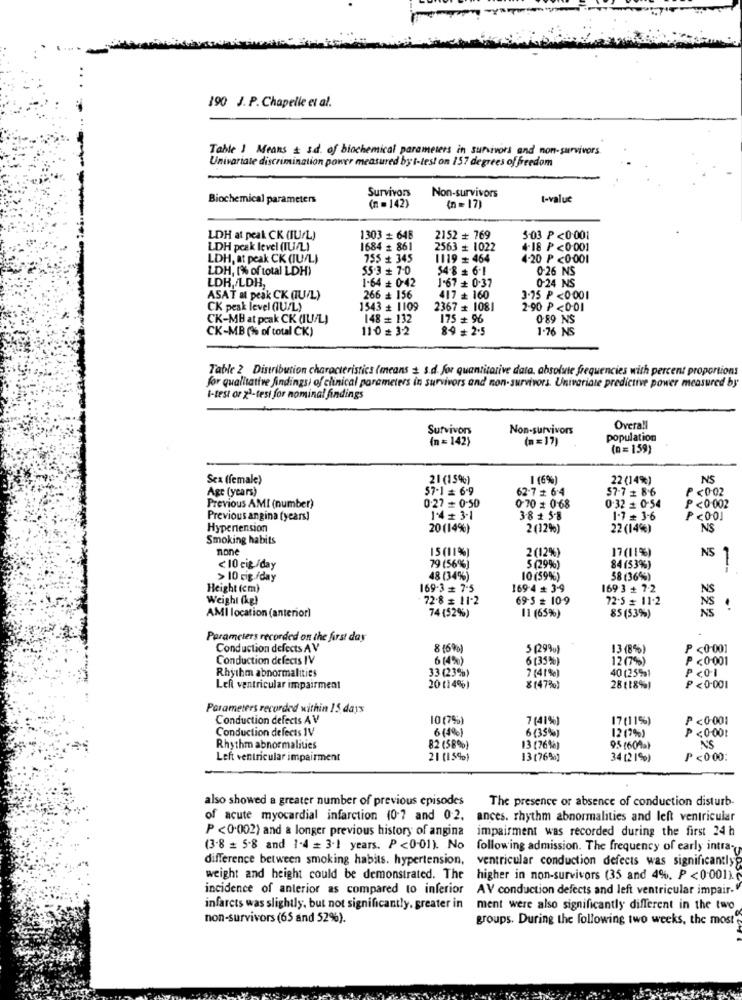
190 J. P. Chapelle et al.
Table ] Means + sd. of biochemical parameters in survivors and non-survivors
Univariate discrimination power measured byt-test on 157 degrees of freedom
Survivors
Non-survivors
Biochemical parameters
t-value
(n = 142)
(n = 17)
LDH at peak CK (IUrL)
1303 + 648
2152 + 769
5-03 P<0.001
LDH peak level (IU/L)
1684 # 861
2563 + 1022
4-18 P <0.001
LDH, at peak CK (IU/L)
755 + 345
1119 + 464
4-20 P<0.001
LDH, [% of total LDH)
55 3 + 7-0
54-8 # 6-1
0.26 NS
LDH,/LDH,
1-64 + 0-42
J'67 + 0.37
0-24 NS
ASAT at peak CK (IU/L)
266 + 156
417 # 160
3.75 P<0.001
CK pesk level (1U/L)
1543 + 1109
2367 + 1081
2-90 P<0-01
CK-MB at peak CK (IU/L)
148 = 132
175 + 96
0.89 NS
CK-MB (3% of toul CK)
110 = 3-2
8-9 # 2.5
1.76 NS
Table 2 Distribution characteristics (means + s.d. for quantitative data, absolute frequencies with percent proportions
for qualitative Andings/ of clinical parameters in survivors and non-survivors. Univariate predictive power measured by
I-test or x1-tesi for nominal findings
Survivors
Non-survivors
Overall
(n = 142)
(n = 17)
population
(n = 159)
Sex (female)
21(15%)
I (6%)
22 (14%)
NS
Age (years)
57-1 = 6-9
62-7 # 6:4
57-7 # 8.6
><0-02
Previous AMI (number)
0.27 = 0-50
0 70 = 0.68
0.32 = 0-54
P <0.002
Previous angina (years)
1.4 + 3.1
3-8 1 5-8
1.7 = 3-6
Hypertension
20(14%)
2 (32%)
22 (14%)
NS
Smoking habits
none
15(11%)
17 (11%)
NS 1
2 (12%)
<10 cig /day
79 (56%)
5 (29%)
84(53%)
> 10 cig./day
48 (34%)
10 (59%)
58 (36%)
Height (cm)
169-3 # 7-5
169-4 + 3-9
169 3 + 7.2
NS
Weight (kg)
72.8 = 11-2
69-5 = 109
72-5 = 11.2
NS
AMI location (anterior)
AS
74 (52%)
11 (65%)
85 (53%)
Parameters recorded on the first day
Conduction defects AV
816 90
5 (29%)
13 (8%)
<0.001
Conduction defects IV
6(4%)
6 (35%)
12 (7%)
P <0.001
33 (23%)
P <01
Rhythm abnormalities
7 (41%)
40 (259al
Left ventricular impairment
20 (14%)
8(47%)
28 (18%)
P <0.001
Parameters recorded within 15 days
Conduction defects AV
10(7%)
7 (41%)
17(11%)
<0.001
Conduction defects 1V
6 (4%)
6 (35%)
12 (7%)
P <0.001
Rhythm abnormalities
82 (58%)
13 (76%)
95 (601a)
N'S
Left ventricular impairment
21 (15%)
13(76%)
34 (2 1%)
P <0.00:
also showed a greater number of previous episodes
The presence or absence of conduction disturb
of acute myocardial infarction (0-7 and 0:2. ances. rhythm abnormalities and left ventricular
P <0.002) and a longer previous history of angina
impairment was recorded during the first 24 h
(3-8 = 5.8 and 1-4 = 3.1 years. P <0-01). No
following admission. The frequency of early intra-
difference between smoking habits. hypertension,
ventricular conduction defects was significantly
weight and height could be demonstrated. The
higher in non-survivors (35 and 4%. P <0.001)
incidence of anterior as compared to inferior
AV conduction defects and left ventricular impair.
infarcts was slightly, but not significantly, greater in
ment were also significantly different in the two
non-survivors (65 and 52%).
groups. During the following two weeks, the most